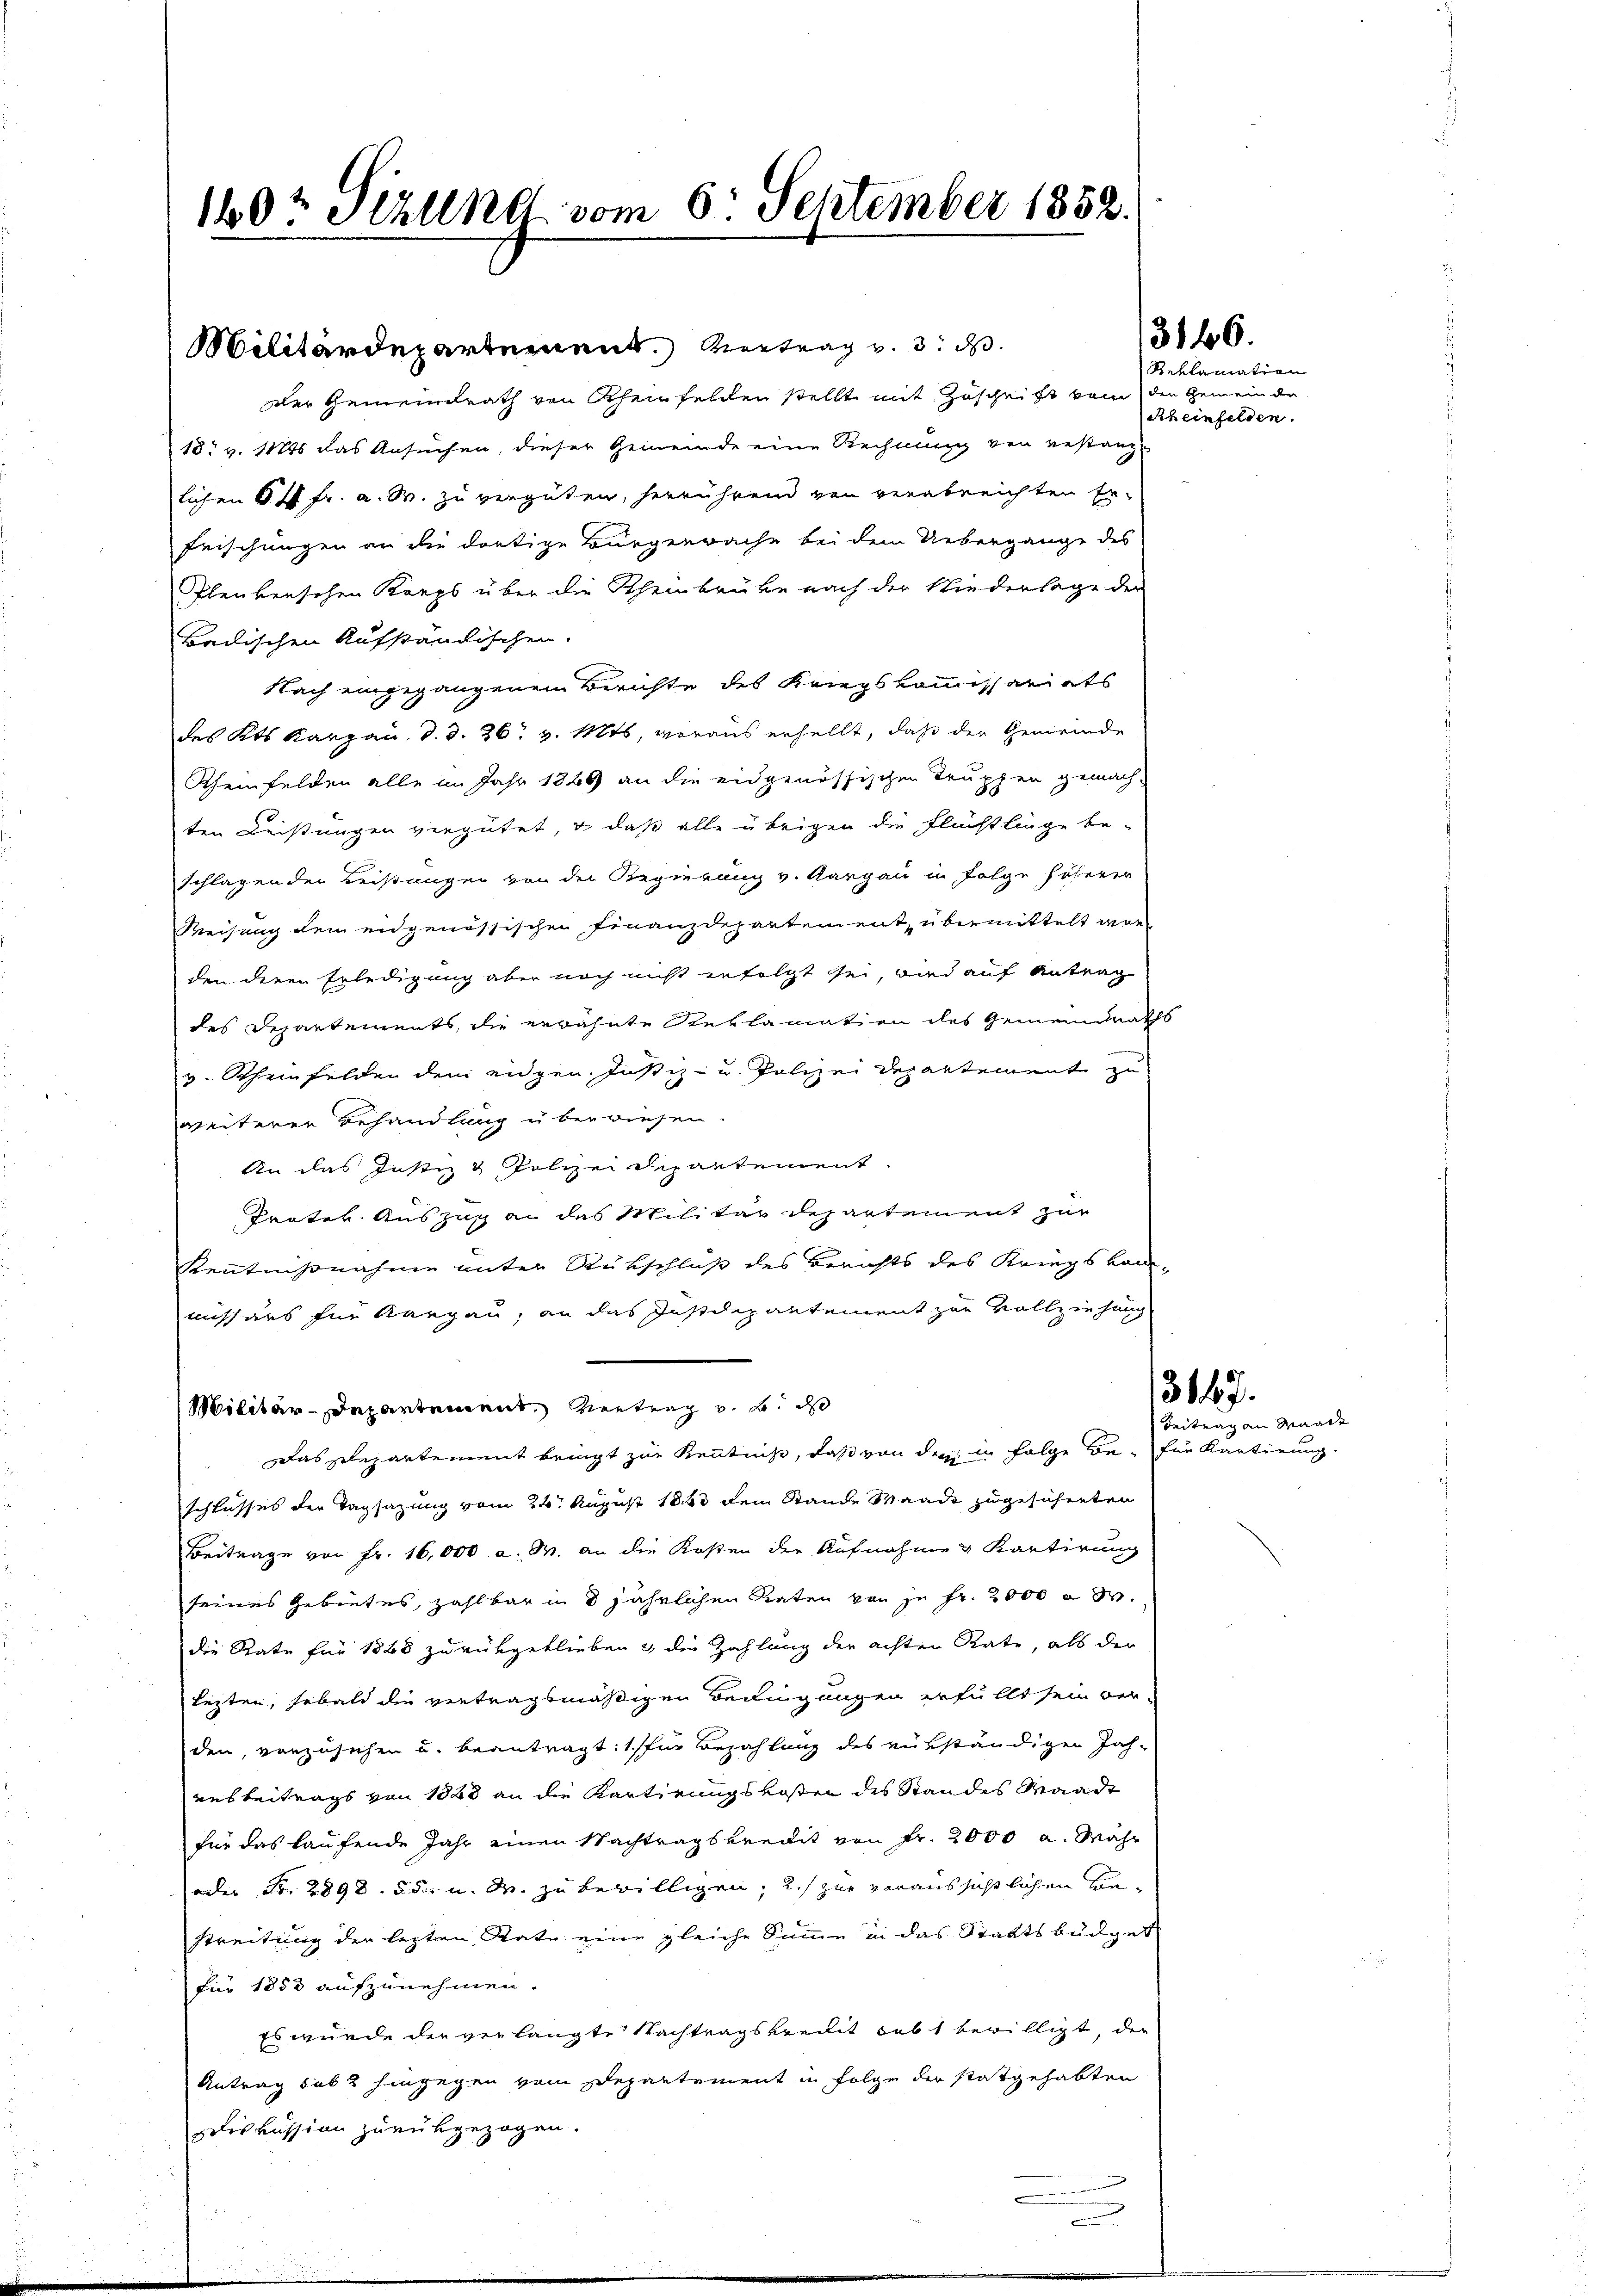
160t Setzung vom 6. September 1852.

Militärdepartement. Vortrag v. 3. d.
der Gemeindrath von Rheinfelden stellt mit Zuschrift vom den Gemeinder
18. v. 11845 das Ansuchen, dieser Gemeinde eine Rechnung von Bestanz
lichen S. 4 fr. a. W. zu vergüten, herrührend von verabreichten Er¬
Frischungen an die dortige Bürgerrache bei dem Uebergange des
Glenkerschen Korps über die Scheinbrücke nach der Niederlage der
Badischen Aufständischen.
Nach eingegangenem Beiste des Kriegskommissariats
des Kts. Kargau, d. d. 26. v. Mts, woraus erhellt, daß der Gemeinde
Scheinfelden alle im Jahr 1866 an die eidgenössischen Truppen gemach-
ten Leistungen vergütet, u. daß alle übrigen die Flüchtlinge be-
schlagenden Leistungen von der Regierung v. Aargau in Folge höherer
Weisung dem eidgenössischen Finanzdepartement übermittelt wor-
den deren Erledigung aber noch nicht gefolgt sei, wird auf Antrag
des Departements, die erwähnte Reklamation des Gemeindraths
v. Rheinfelden dem eidgen. Justiz- u. Polizei Departement zu
weiterer Behandlung überwiesen.
An das Justiz & Polizei Repartement
Proter Auszug an des Militar Departement zur
Kenntnißnahme unter Rückschluß des Berichts des Kriegskom-
missärs für Kargau, an das Instdepantement zur Vollziehung
Militär-Departement, Vertrag v. B. d
das Departement beugt zur Kenntnis, daß von den in Folge beschlusses der Tagsazung vom 24. August 1883 dem Stande Waadt zugesicherten
Beitrage von Fr. 16,000. a. W. an die Kosten der Aufnahme & Kartirung
seines Gebietes, zahlbar in 8 jährlichen Raten von je Fr. 2000 n 3.
die Rate für 1868 zurükgeblieben & die Zahlung der achten Rate, als der
lezten, sobald die vertragsmäßigen Bedingungen erfüllt sein ver-
den, vorzusehen u. beantragt: 1 für Bezahlung des rükständigen Jah-
aesbeitrags von 1840 an die Kartirungskosten des Standes Waadt
für das laufende Jahr einen Nachtragskredit von Fr. 2000 a. Währ
oder Fr. 2898. 55. u. M. zu bewilligen, u. zur voraussichtlichen Be¬
Streitung der lezten Rate eine gleiche Summe in das Staatsbüdget
für 1853 aufzunehmen.
Es wurde der verlangte Nachtragskredit lebt bewilligt, der
Antrag sub 2 hingegen vom Departement in Folge der statgehabten
diskussion zurükgezogen.

3166.

Reklamation
Rheinfelden.

3167.
Beitrag an Waadt

für Kartirung.